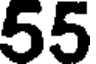
55